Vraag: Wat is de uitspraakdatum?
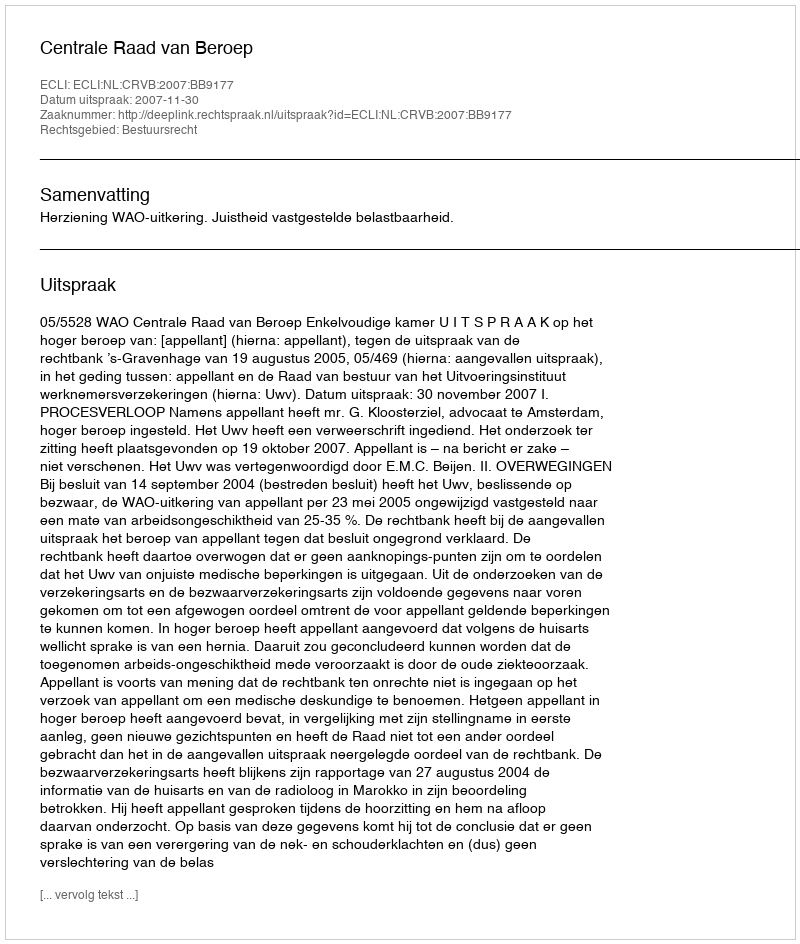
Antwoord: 2007-11-30